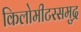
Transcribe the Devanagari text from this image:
किलोमीटरसमुद्र